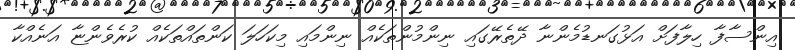
އިންސާފާ ހިލާފަށް އަޅުގަނޑުމެންނާ ދޭތެރޭގައި ނިންމުންތަކެއް ނިންމައި މިކަހަލަ ކަންތައްތަކެއް ކުރެވެންޏާ އަނެއްކާ